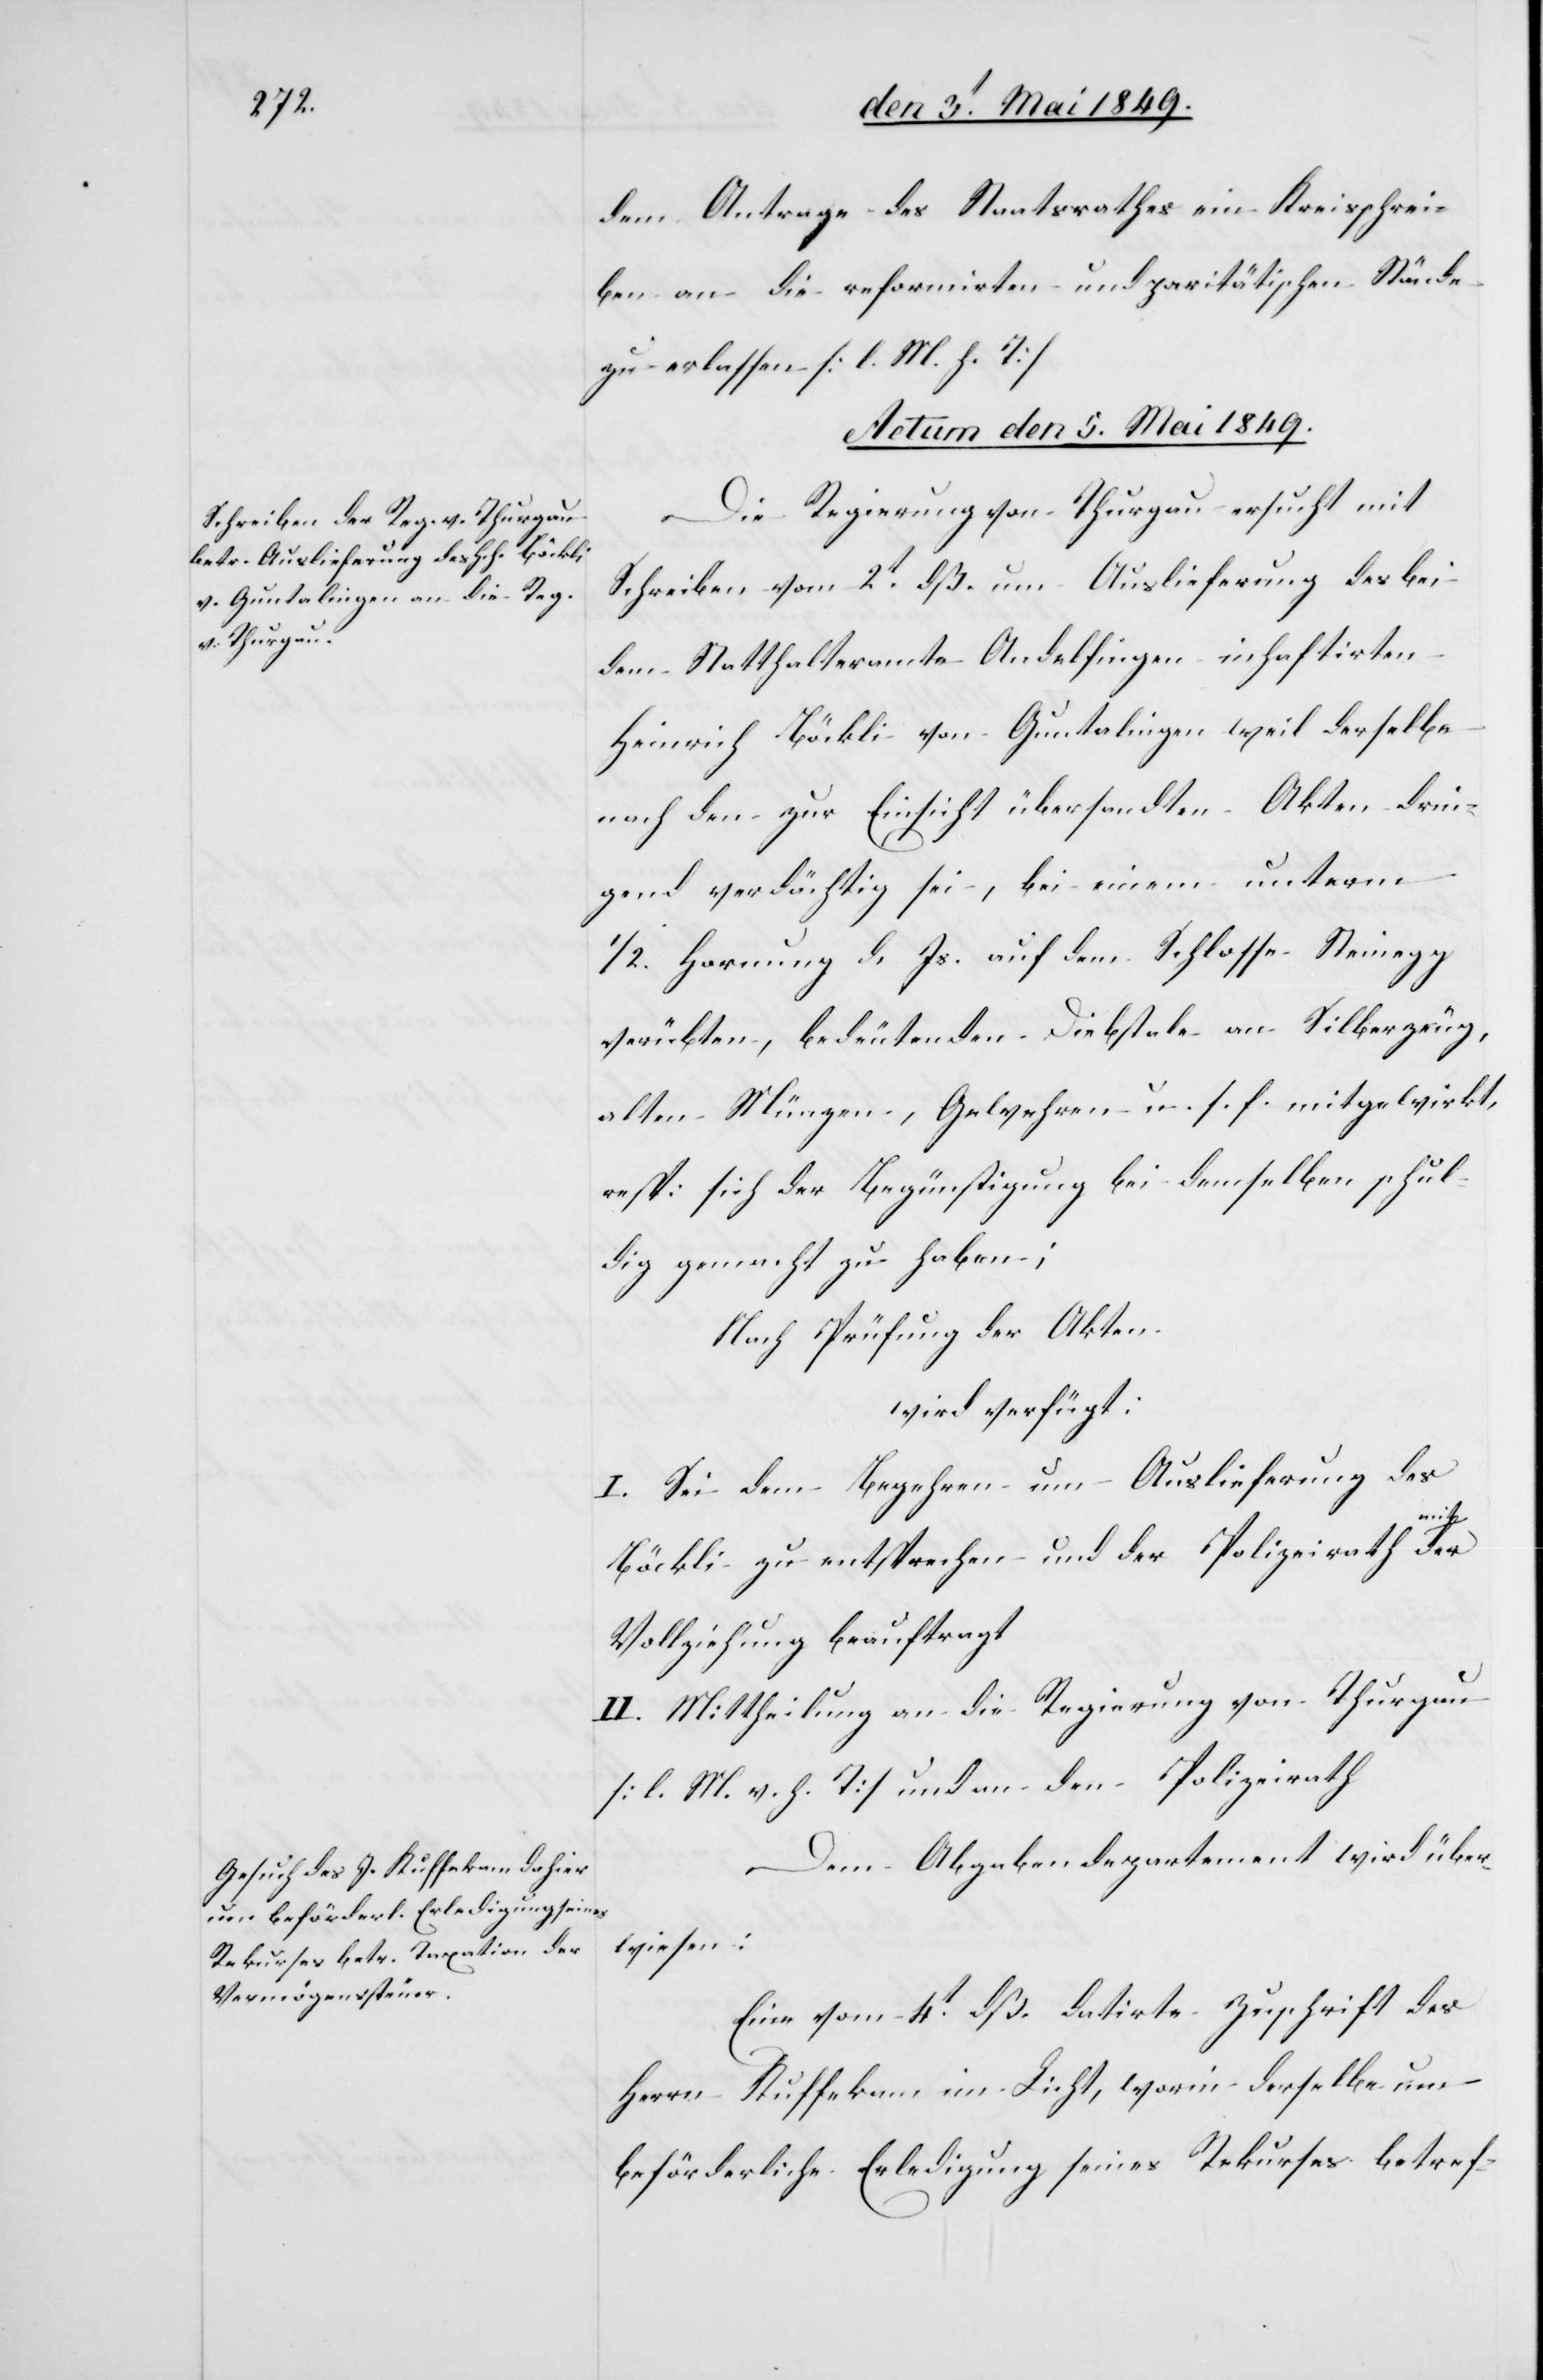
dem Antrage des Staatsrathes ein Kreisschrei¬
ben an die reformirten und paritätischen Stände
zu erlassen [l. M. h. T][.]
Actum den 5. Mai 1849.]
Die Regierung von Thurgau ersucht mit
Schreiben vom 2t dß. um Auslieferung des bei
dem Statthalteramte Andelfingen inhaftirten
Heinrich Böckli von Guntalingen weil derselbe
nach den zur Einsicht übersandten Akten drin¬
gend verdächtig sei, bei einem unterm
1/2. Hornung d. Js. auf dem Schlosse Steinegg
verübten, bedeutenden Diebstale an Silberzeug,
alten Münzen, Gewehren u. s. f. mitgewirkt,
resp: sich der Begünstigung bei demselben schul¬
dig gemacht zu haben;
Nach Prüfung der Akten
wird verfügt:
I. Sei dem Begehren um Auslieferung des
Böckli zu entsprechen und der Polizeirath mit
Vollziehung beauftragt
II. Mittheilung an die Regierung von Thurgau
[l. M. h. T] und an den Polizeirath[.]
Dem Abgabendepartement wird über¬
wiesen:
Eine vom 4t dß. datirte Zuschrift des
Herrn Kuffekam im Licht, worin derselbe um
beförderliche Erledigung seines Rekurses betref-